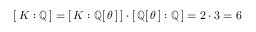
[ \, K : \mathbb { Q } \, ] = [ \, K : \mathbb { Q } [ \, \theta \, ] \, ] \cdot [ \, \mathbb { Q } [ \, \theta \, ] : \mathbb { Q } \, ] = 2 \cdot 3 = 6